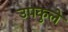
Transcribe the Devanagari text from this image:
उपकुले